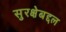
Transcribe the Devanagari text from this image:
सुरक्षेबद्दल